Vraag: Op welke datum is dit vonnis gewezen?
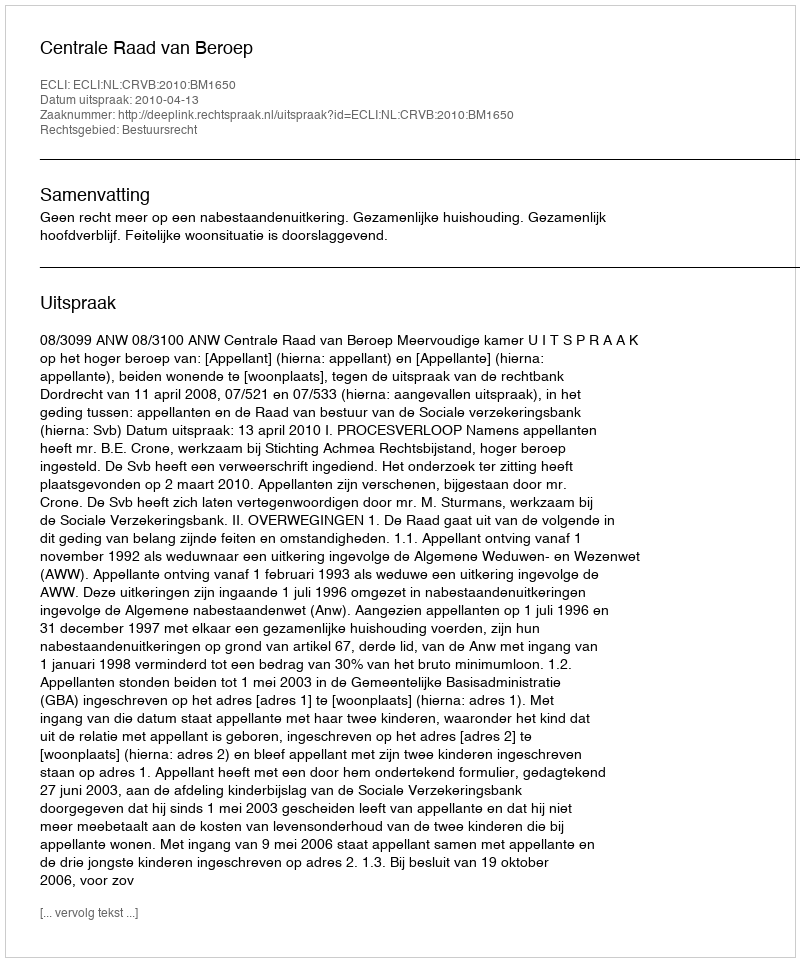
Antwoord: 2010-04-13